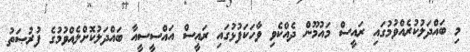
މި ބައްދަލުކުރެއްވުމުގައި ރައީސް މައުމޫން ދެއްކެވި ވާހަކަފުޅުގައި ރައީސް އައްސީސީއާ ބައްދަލުކޮށްލެއްވުމުގެ ފުރުޞަތު